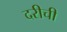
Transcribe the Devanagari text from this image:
दरीची